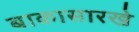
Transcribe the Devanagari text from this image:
बाकासारखे